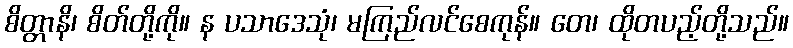
စိတ္တာနိ၊ စိတ်တို့ကို။ န ပသာဒေသုံ၊ မကြည်လင်စေကုန်။ တေ၊ ထိုတပည့်တို့သည်။